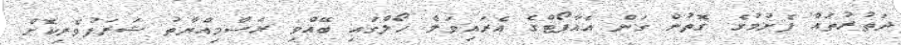
ދަތުރުތައް ފެށުމުގެ ގޮތުން ގަން އެއާޕޯޓްގެ އެރައިވަލް ހޯލްގައި ބޭއްވި ރަސްމިއްޔާތު ޝަރަފުވެރިކޮށް